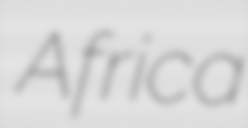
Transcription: Africa